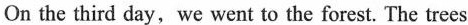
On the third day, we went to the forest. The trees